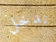
ندخل